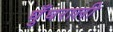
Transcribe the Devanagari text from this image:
घुँघराली